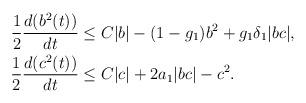
LaTeX: \begin{align*} \begin{aligned}\frac{1}{2}\frac{d(b^2(t))}{dt}&\leq C|b|-(1-g_1)b^2+g_1\delta_1|bc|,\\\frac{1}{2}\frac{d(c^2(t))}{dt}&\leq C|c|+2a_1|bc|-c^2.\end{aligned}\end{align*}